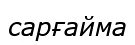
сарғайма